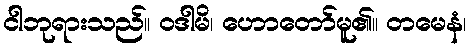
ငါဘုရားသည်။ ဝဒါမိ၊ ဟောတော်မူ၏။ တမေနံ၊